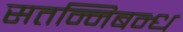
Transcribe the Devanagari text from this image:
सतन्निबन्ध